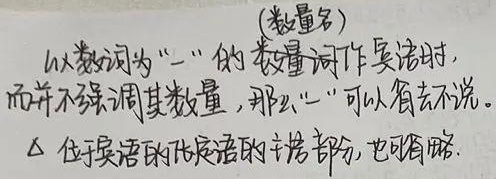
(数量名)以数词为“一”的数量词作宾语时，而并不强调其数量，那么“一”可以省去不说。△ 位于宾语的代定语的主语部分，也可省略。